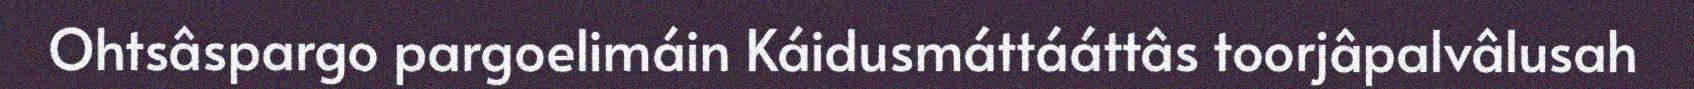
Ohtsâspargo pargoelimáin Káidusmáttááttâs toorjâpalvâlusah